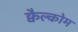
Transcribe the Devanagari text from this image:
क्वैल्कोम